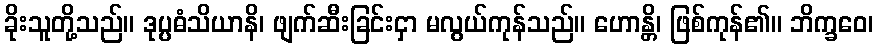
ခိုးသူတို့သည်။ ဒုပ္ပဓံသိယာနိ၊ ဖျက်ဆီးခြင်းငှာ မလွယ်ကုန်သည်။ ဟောန္တိ၊ ဖြစ်ကုန်၏။ ဘိက္ခဝေ၊